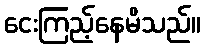
ငေးကြည့်နေမိသည်။